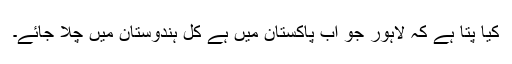
کیا پتا ہے کہ لاہور جو اب پاکستان میں ہے کل ہندوستان میں چلا جائے۔